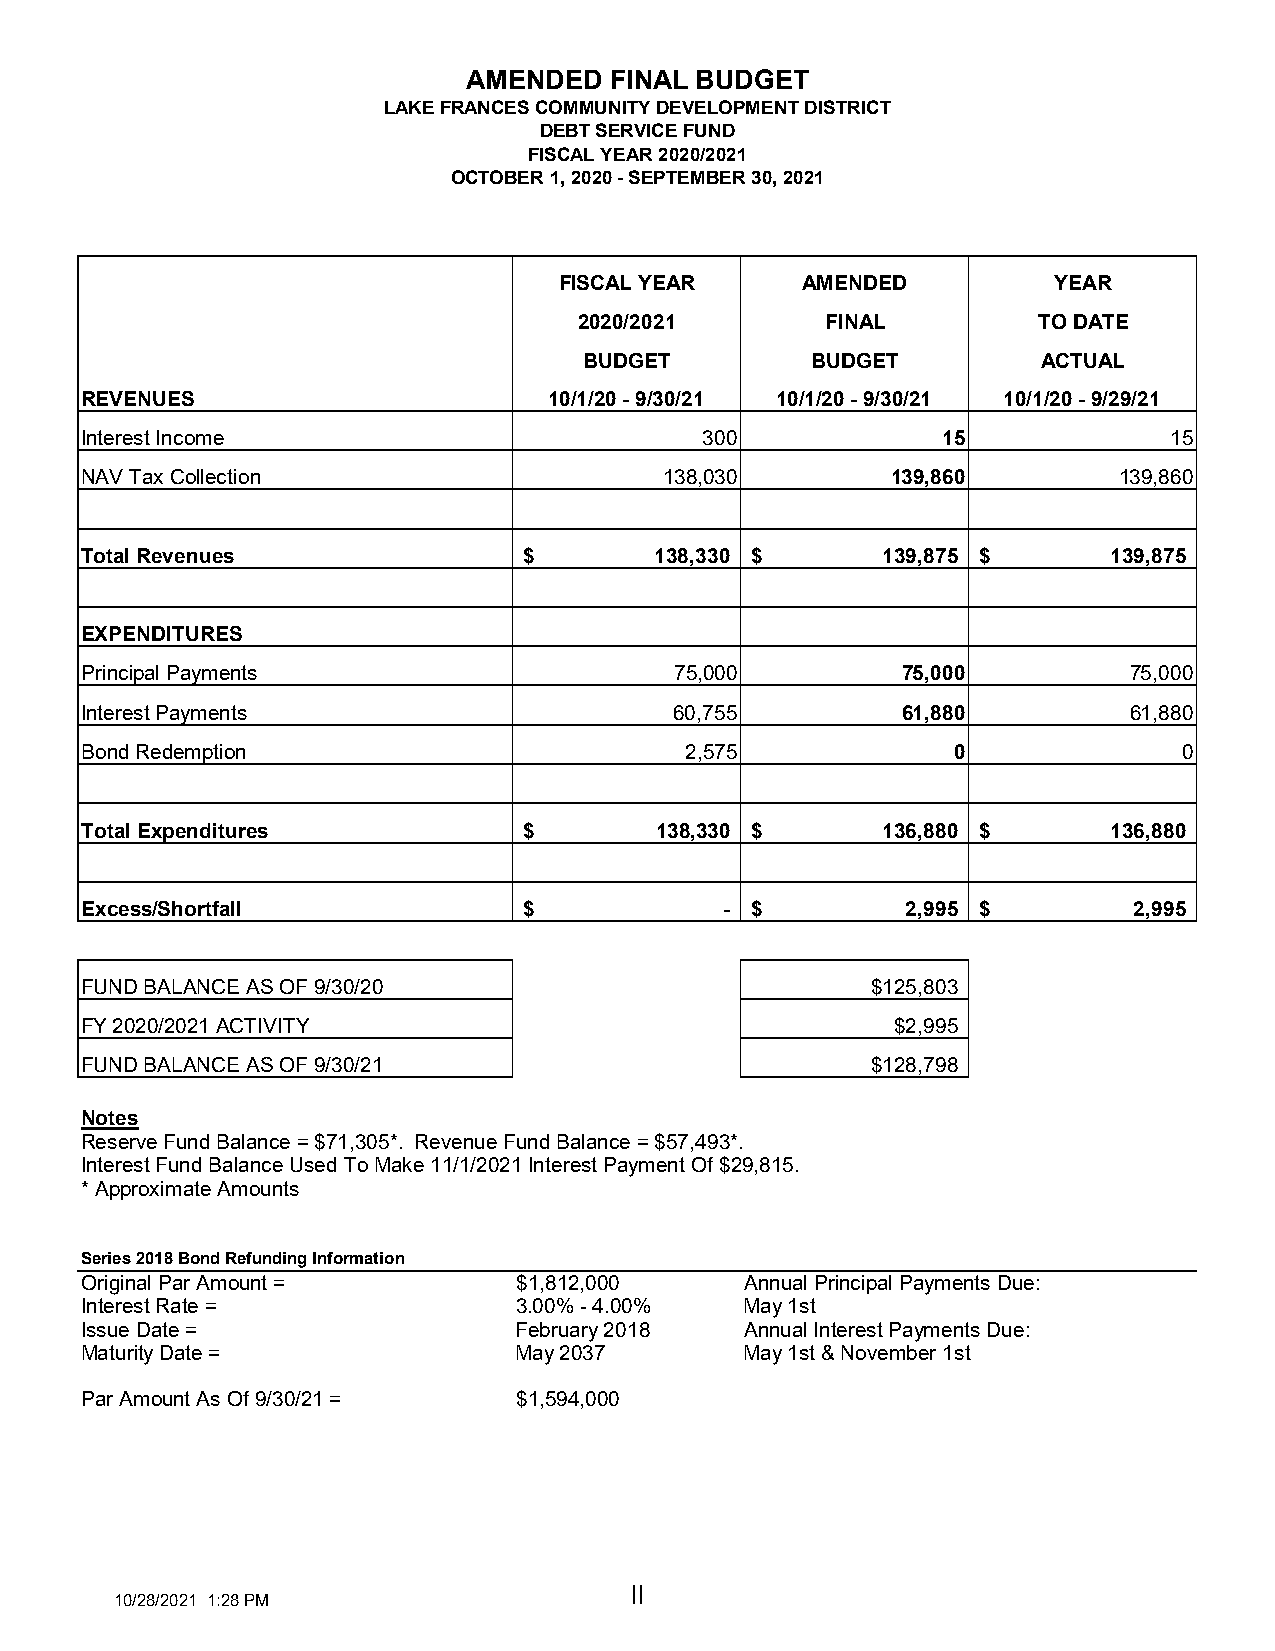
AMENDED  FINAL BUDGET
 LAKE FRANCES COMMUNITY DEVELOPMENT DISTRICT
 DEBT SERVICE FUND
 FISCAL YEAR 2020/2021
 OCTOBER 1, 2020 - SEPTEMBER 30, 2021
 FISCAL YEAR     AMENDED          YEAR
 2020/2021        FINAL         TO DATE
 BUDGET         BUDGET         ACTUAL
 REVENUES                       10/1/20 - 9/30/21 10/1/20 - 9/30/21 10/1/20 - 9/29/21
 Interest Income                           300            15             15
 NAV Tax Collection                     138,030        139,860        139,860
 Total Revenues                $       1 38,330 $     139,875 $       1 39,875
 EXPENDITURES
 Principal Payments                      75,000         75,000         75,000
 Interest Payments                       60,755         61,880         61,880
 Bond Redemption                         2,575             0              0
 Total Expenditures            $       138,330 $      136,880 $       1 36,880
 Excess/Shortfall              $            - $         2 ,995 $       2 ,995
 FUND BALANCE AS OF 9/30/20                           $125,803
 FY 2020/2021 ACTIVITY                                 $2,995
 FUND BALANCE AS OF 9/30/21                           $128,798
 Notes
 Reserve Fund Balance = $71,305*. Revenue Fund Balance = $57,493*.
 Interest Fund Balance Used To Make 11/1/2021 Interest Payment Of $29,815.
 * Approximate Amounts
 Series 2018 Bond Refunding Information
 Original Par Amount =        $1,812,000     Annual Principal Payments Due:
 Interest Rate =              3.00% - 4.00%  May 1st
 Issue Date =                 February 2018  Annual Interest Payments Due:
 Maturity Date =              May 2037       May 1st & November 1st
 Par Amount As Of 9/30/21 =   $1,594,000
 II
 10/28/2021 1:28 PM